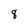
Character: 8